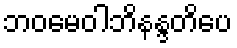
ဘဝမေဝါဘိနန္ဒတိပေ